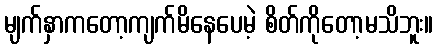
မျက်နှာကတော့ကျက်မိနေပေမဲ့ စိတ်ကိုတော့မသိဘူး။